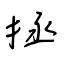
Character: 拯